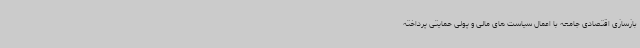
بازسازی اقتصادی جامعه با اعمال سیاست های مالی و پولی حمایتی پرداخته